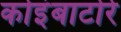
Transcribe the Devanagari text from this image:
कोइंबाटोरे